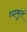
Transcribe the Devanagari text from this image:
व्याकुलं